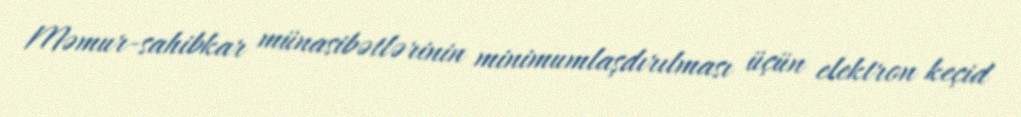
Məmur-sahibkar münasibətlərinin minimumlaşdırılması üçün elektron keçid